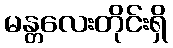
မန္တလေးတိုင်းရှိ